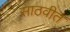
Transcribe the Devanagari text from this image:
साठवीत